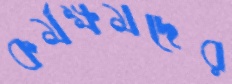
কর্মক্ষমদের